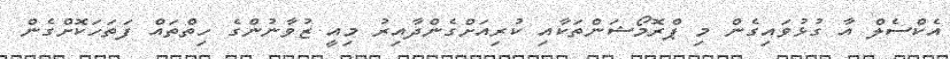
އެކްސެލް އާ ގުޅުވައިގެން މި ޕްރޮމޯޝަންތަކާއި ކުރިއަށްގެންދާއިރު މިއީ ޒުވާނުންގެ ހިތްތައް ފަތަހަކޮށްގެން